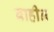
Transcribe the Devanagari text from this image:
वाहीन